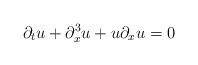
LaTeX: \begin{align*}\partial_tu+\partial_x^3u+u\partial_xu=0\end{align*}